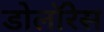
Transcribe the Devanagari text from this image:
डोलॉरेस